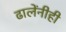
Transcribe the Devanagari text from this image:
ढालेंनीही